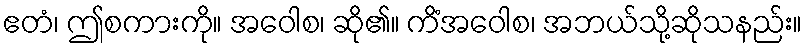
ဧတံ၊ ဤစကားကို။ အဝေါစ၊ ဆို၏။ ကိံအဝေါစ၊ အဘယ်သို့ဆိုသနည်း။